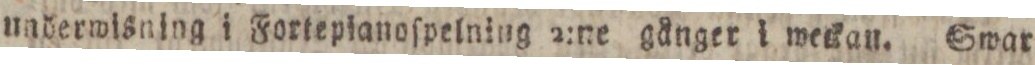
underwisning i Fortepianoſpelning 2:ne gånger i weckan. Swar